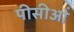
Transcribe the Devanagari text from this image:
पीसीओं